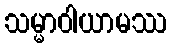
သမ္မာဝါယာမဿ